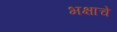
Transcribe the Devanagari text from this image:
भक्षाचे